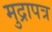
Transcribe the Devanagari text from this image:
मुद्रापत्र